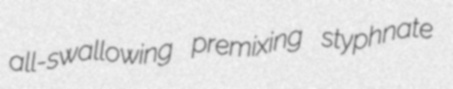
all-swallowing premixing styphnate